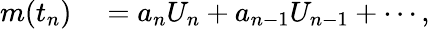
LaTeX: \begin{array}{rl}{m(t_{n})}&{{}=a_{n}U_{n}+a_{n-1}U_{n-1}+\cdots,}\end{array}